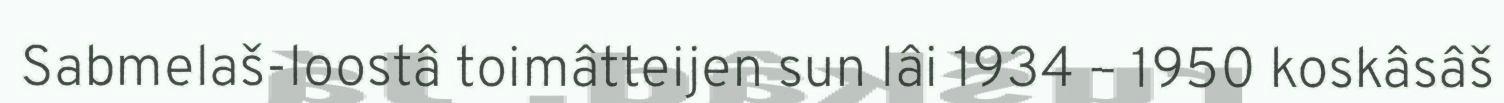
Sabmelaš-loostâ toimâtteijen sun lâi 1934 – 1950 koskâsâš